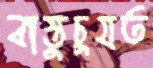
বাস্তুচুযত